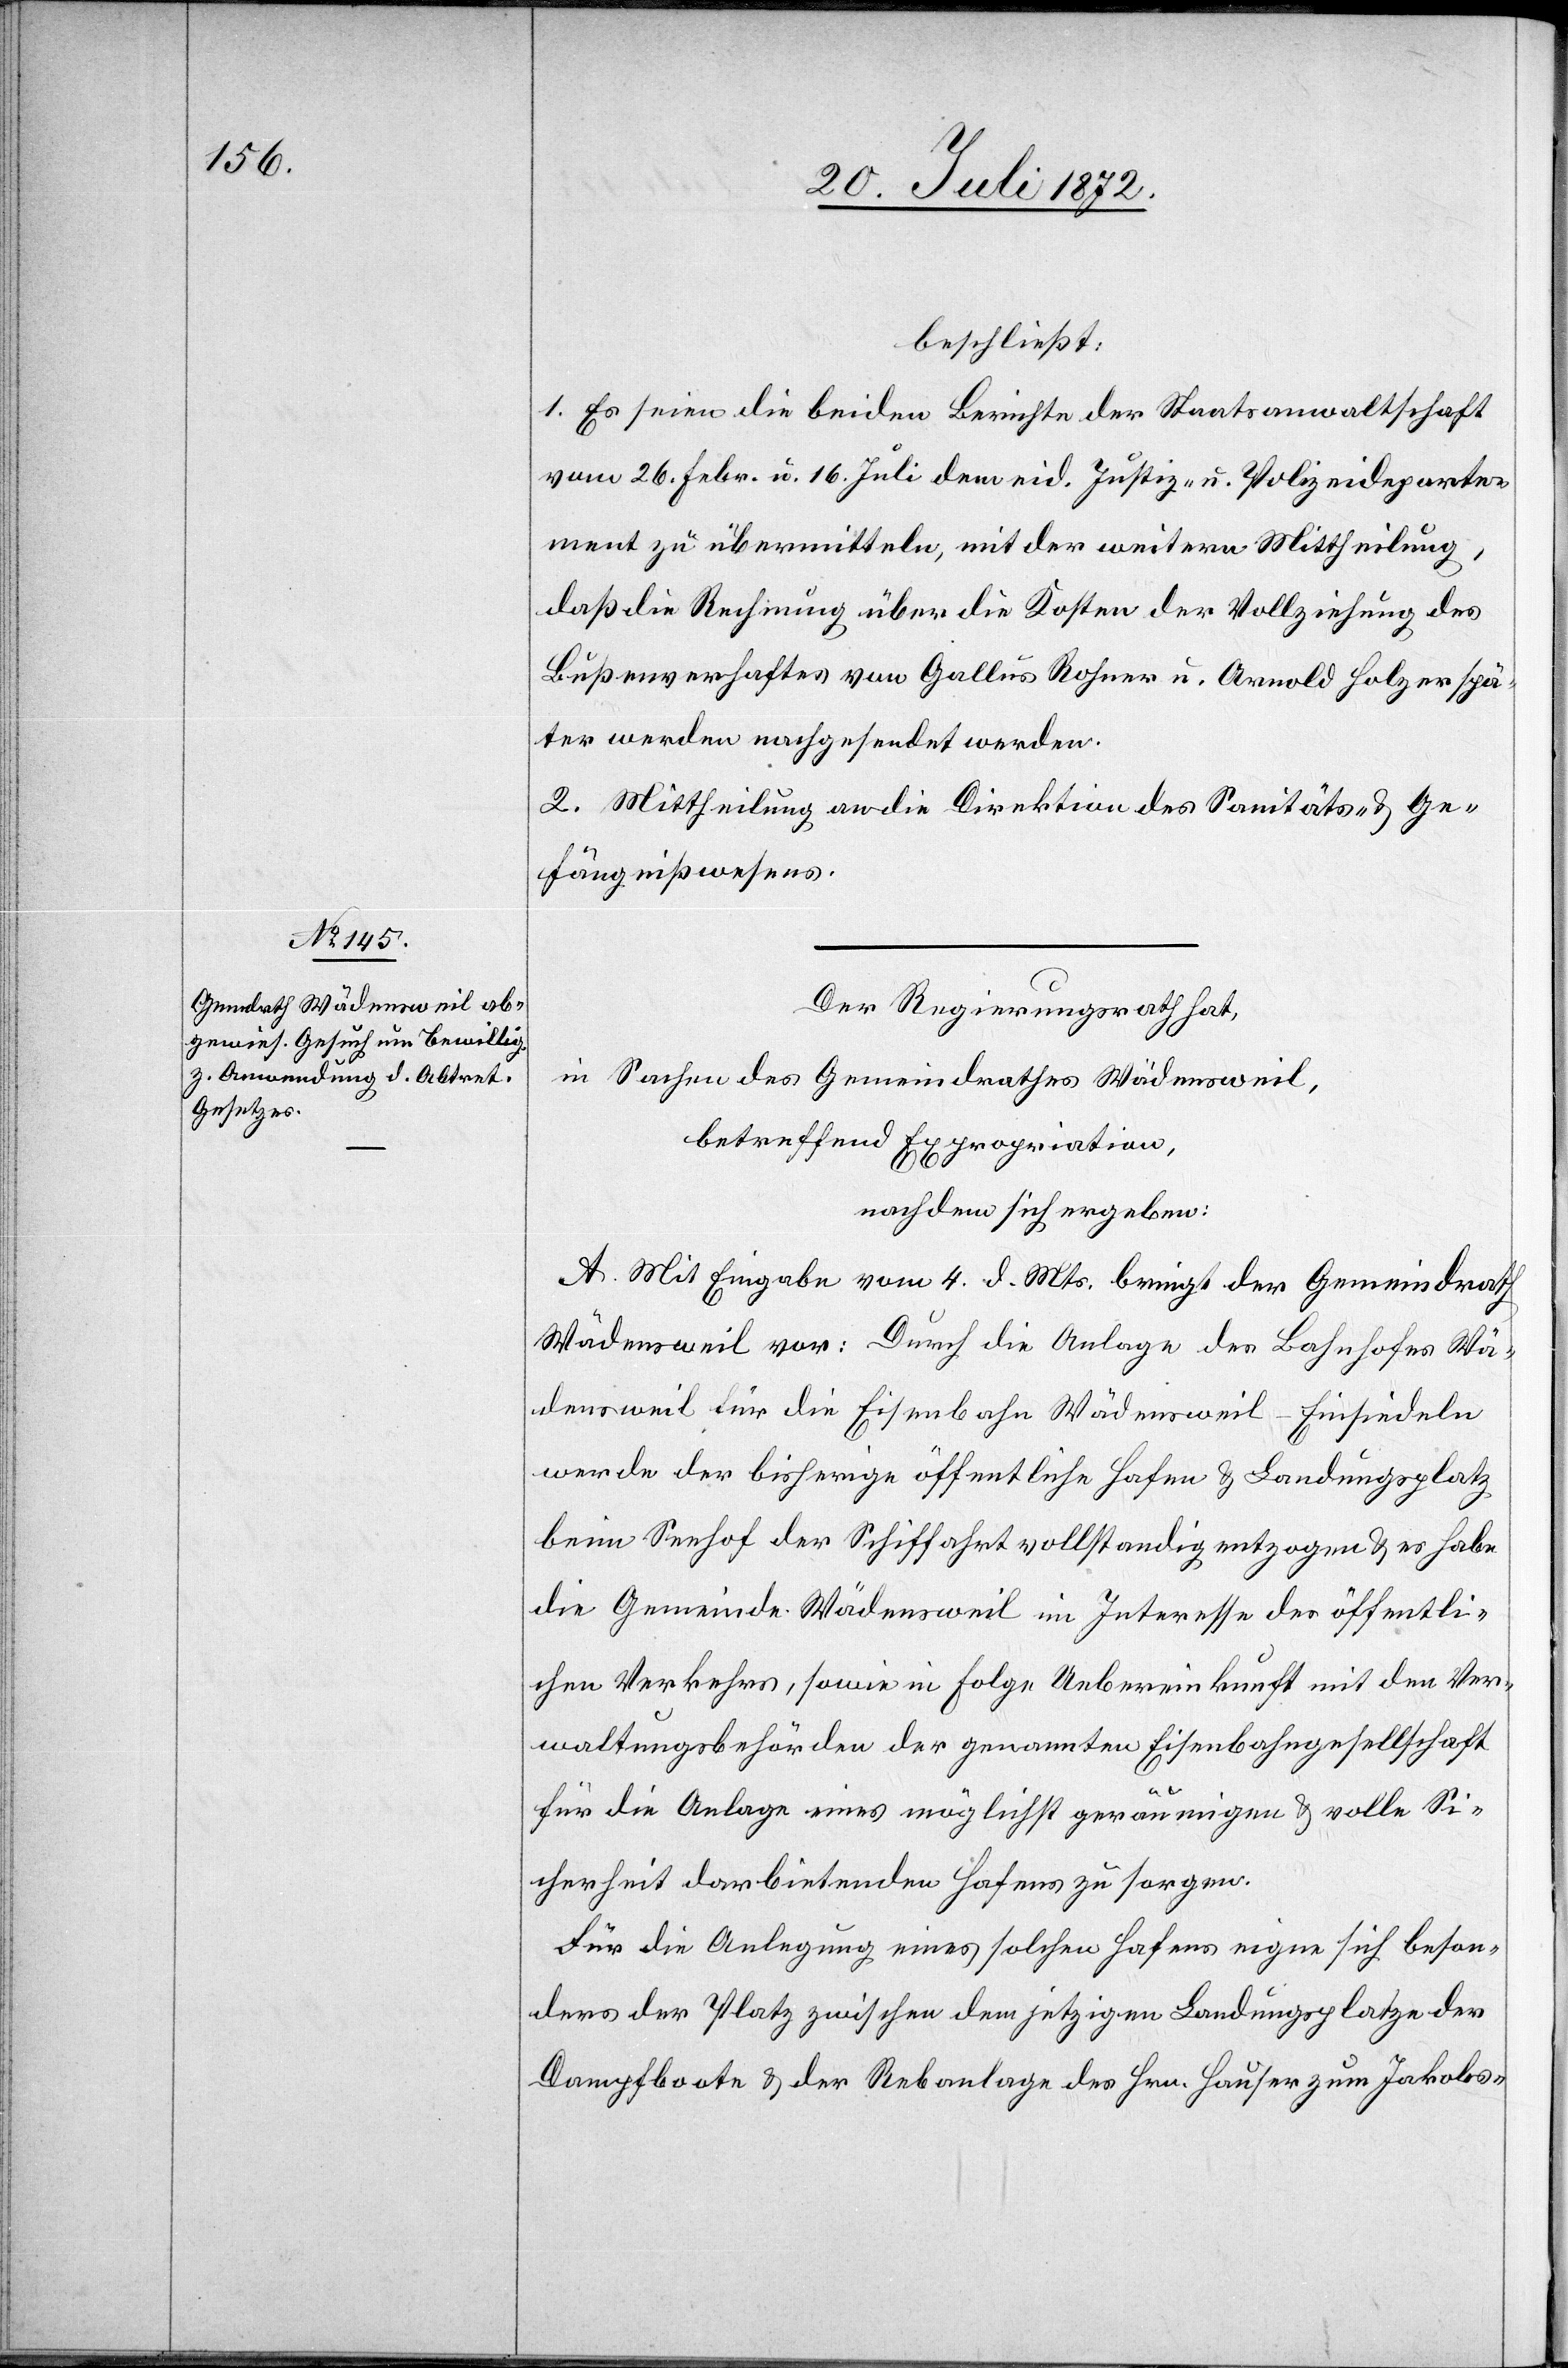
beschließt:
1. Es seien die beiden Berichte der Staatsanwaltschaft
vom 26. Febr. u. 16. Juli dem eid. Justiz- u. Polizeideparte¬
ment zu übermitteln, mit der weitern Mittheilung,
daß die Rechnung über die Kosten der Vollziehung des
Bußenverhaftes von Gallus Rohner u. Arnold Holzer spä¬
ter werden nachgesendet werden.
2. Mittheilung an die Direktion des Sanitäts- u. Ge¬
fängnißwesens.
Der Regierungsrath hat,
in Sachen des Gemeindrathes Wädensweil,
betreffend Expropriation,
nachdem sich ergeben:
A. Mit Eingabe vom 4. d. Mts. bringt der Gemeindrath
Wädensweil vor: Durch die Anlage des Bahnhofes Wä¬
densweil für die Eisenbahn Wädensweil–Einsiedeln
werde der bisherige öffentliche Hafen u. Landungsplatz
beim Seehof der Schiffahrt vollständig entzogen u. es habe
die Gemeinde Wädensweil im Interesse des öffentli¬
chen Verkehrs, sowie in Folge Uebereinkunft mit den Ver¬
waltungsbehörden der genannten Eisenbahngesellschaft
für die Anlage eines möglichst geräumigen u. volle Si¬
cherheit darbietenden Hafens zu sorgen.
Für die Anlegung eines solchen Hafens eigne sich beson¬
ders der Platz zwischen dem jetzigen Landungsplatze der
Dampfboote u. der Rebanlage des Hrn. Hauser zum Jakobs-